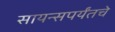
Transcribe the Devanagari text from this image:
सायन्सपर्यंतचे